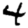
Digit: 4